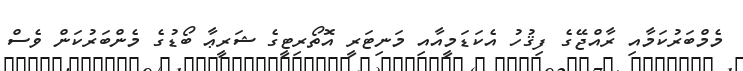
މެމްބަރުކަމާއި ރާއްޖޭގެ ފިޤުހު އެކަޑަމީއާއި މަނިޓަރީ އޮތޯރިޓީގެ ޝަރީޢާ ބޯޑުގެ މެންބަރުކަން ވެސް